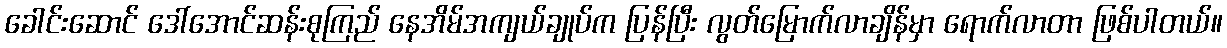
ခေါင်းဆောင် ဒေါ်အောင်ဆန်းစုကြည် နေအိမ်အကျယ်ချုပ်က ပြန်ပြီး လွတ်မြောက်လာချိန်မှာ ရောက်လာတာ ဖြစ်ပါတယ်။